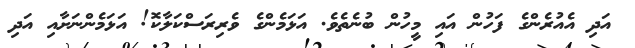
އަދި އެއުރެންގެ ފަހުން އައި މީހުން ބުނެތެވެ. އަޅަމެންގެ ވެރިރަސްކަލާކޮ! އަޅަމެންނަށާއި އަދި